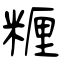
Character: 糎